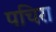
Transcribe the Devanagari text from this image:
पचिरा